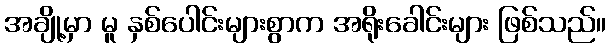
အချို့မှာ မူ နှစ်ပေါင်းများစွာက အရိုးခေါင်းများ ဖြစ်သည်။